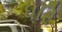
ધરિ